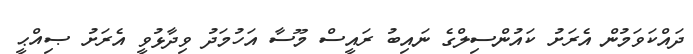
ދައްކަވަމުން އެރަށު ކައުންސިލްގެ ނައިބު ރައީސް މޫސާ އަހުމަދު ވިދާޅުވީ އެރަށު ޞިއްޙީ